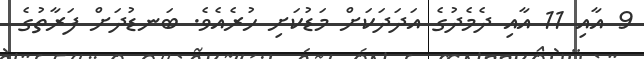
9 އާއި 11 އާއި ދެމެދުގެ އަދަދަކަށް މަޑުކަށި ހުރެއެވެ. ބަނޑުދަށް ފަރާތުގެ